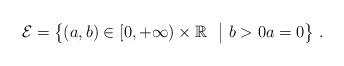
LaTeX: \begin{align*}\mathcal{E}=\left\{(a,b)\in [0,+\infty)\times \mathbb{R}~~\big| ~b>0a=0 \right\}\,.\end{align*}